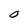
Character: O